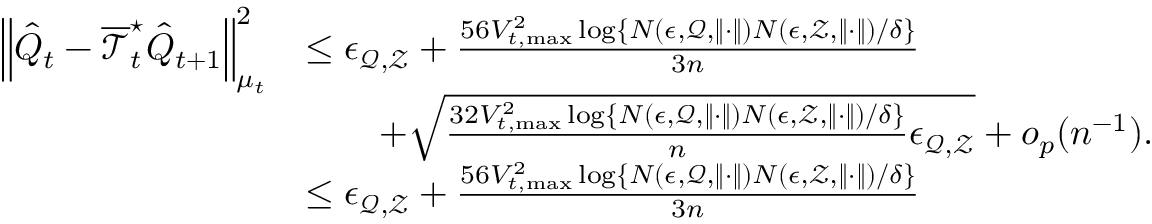
\begin{array} { r l } { \left\| \hat { Q } _ { t } - \overline { { \mathcal { T } } } _ { t } ^ { \star } \hat { Q } _ { t + 1 } \right\| _ { \mu _ { t } } ^ { 2 } } & { \leq \epsilon _ { \mathcal { Q } , \mathcal { Z } } + \frac { 5 6 V _ { t , \operatorname* { m a x } } ^ { 2 } \log \{ { N ( \epsilon , \mathcal { Q } , \| \cdot \| ) N ( \epsilon , \mathcal { Z } , \| \cdot \| ) } / { \delta } \} } { 3 n } } \\ & { \qquad + \sqrt { \frac { 3 2 V _ { t , \operatorname* { m a x } } ^ { 2 } \log \{ { N ( \epsilon , \mathcal { Q } , \| \cdot \| ) N ( \epsilon , \mathcal { Z } , \| \cdot \| ) } / { \delta } \} } { n } \epsilon _ { \mathcal { Q } , \mathcal { Z } } } + o _ { p } ( n ^ { - 1 } ) . } \\ & { \leq \epsilon _ { \mathcal { Q } , \mathcal { Z } } + \frac { 5 6 V _ { t , \operatorname* { m a x } } ^ { 2 } \log \{ { N ( \epsilon , \mathcal { Q } , \| \cdot \| ) N ( \epsilon , \mathcal { Z } , \| \cdot \| ) } / { \delta } \} } { 3 n } } \end{array}